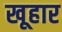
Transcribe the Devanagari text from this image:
खूहार